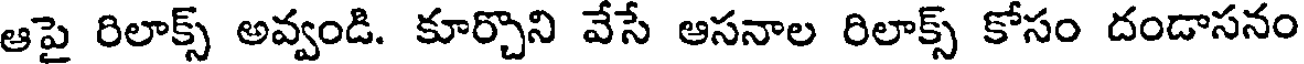
ఆపై రిలాక్స్ అవ్వండి. కూర్చొని వేసే ఆసనాల రిలాక్స్ కోసం దండాసనం